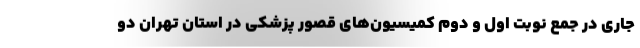
جاری در جمع نوبت اول و دوم کمیسیون‌های قصور پزشکی در استان تهران دو